65_HS1-834228961_62-HQ-83894_Serial_164
Agency: FBI
Page 72
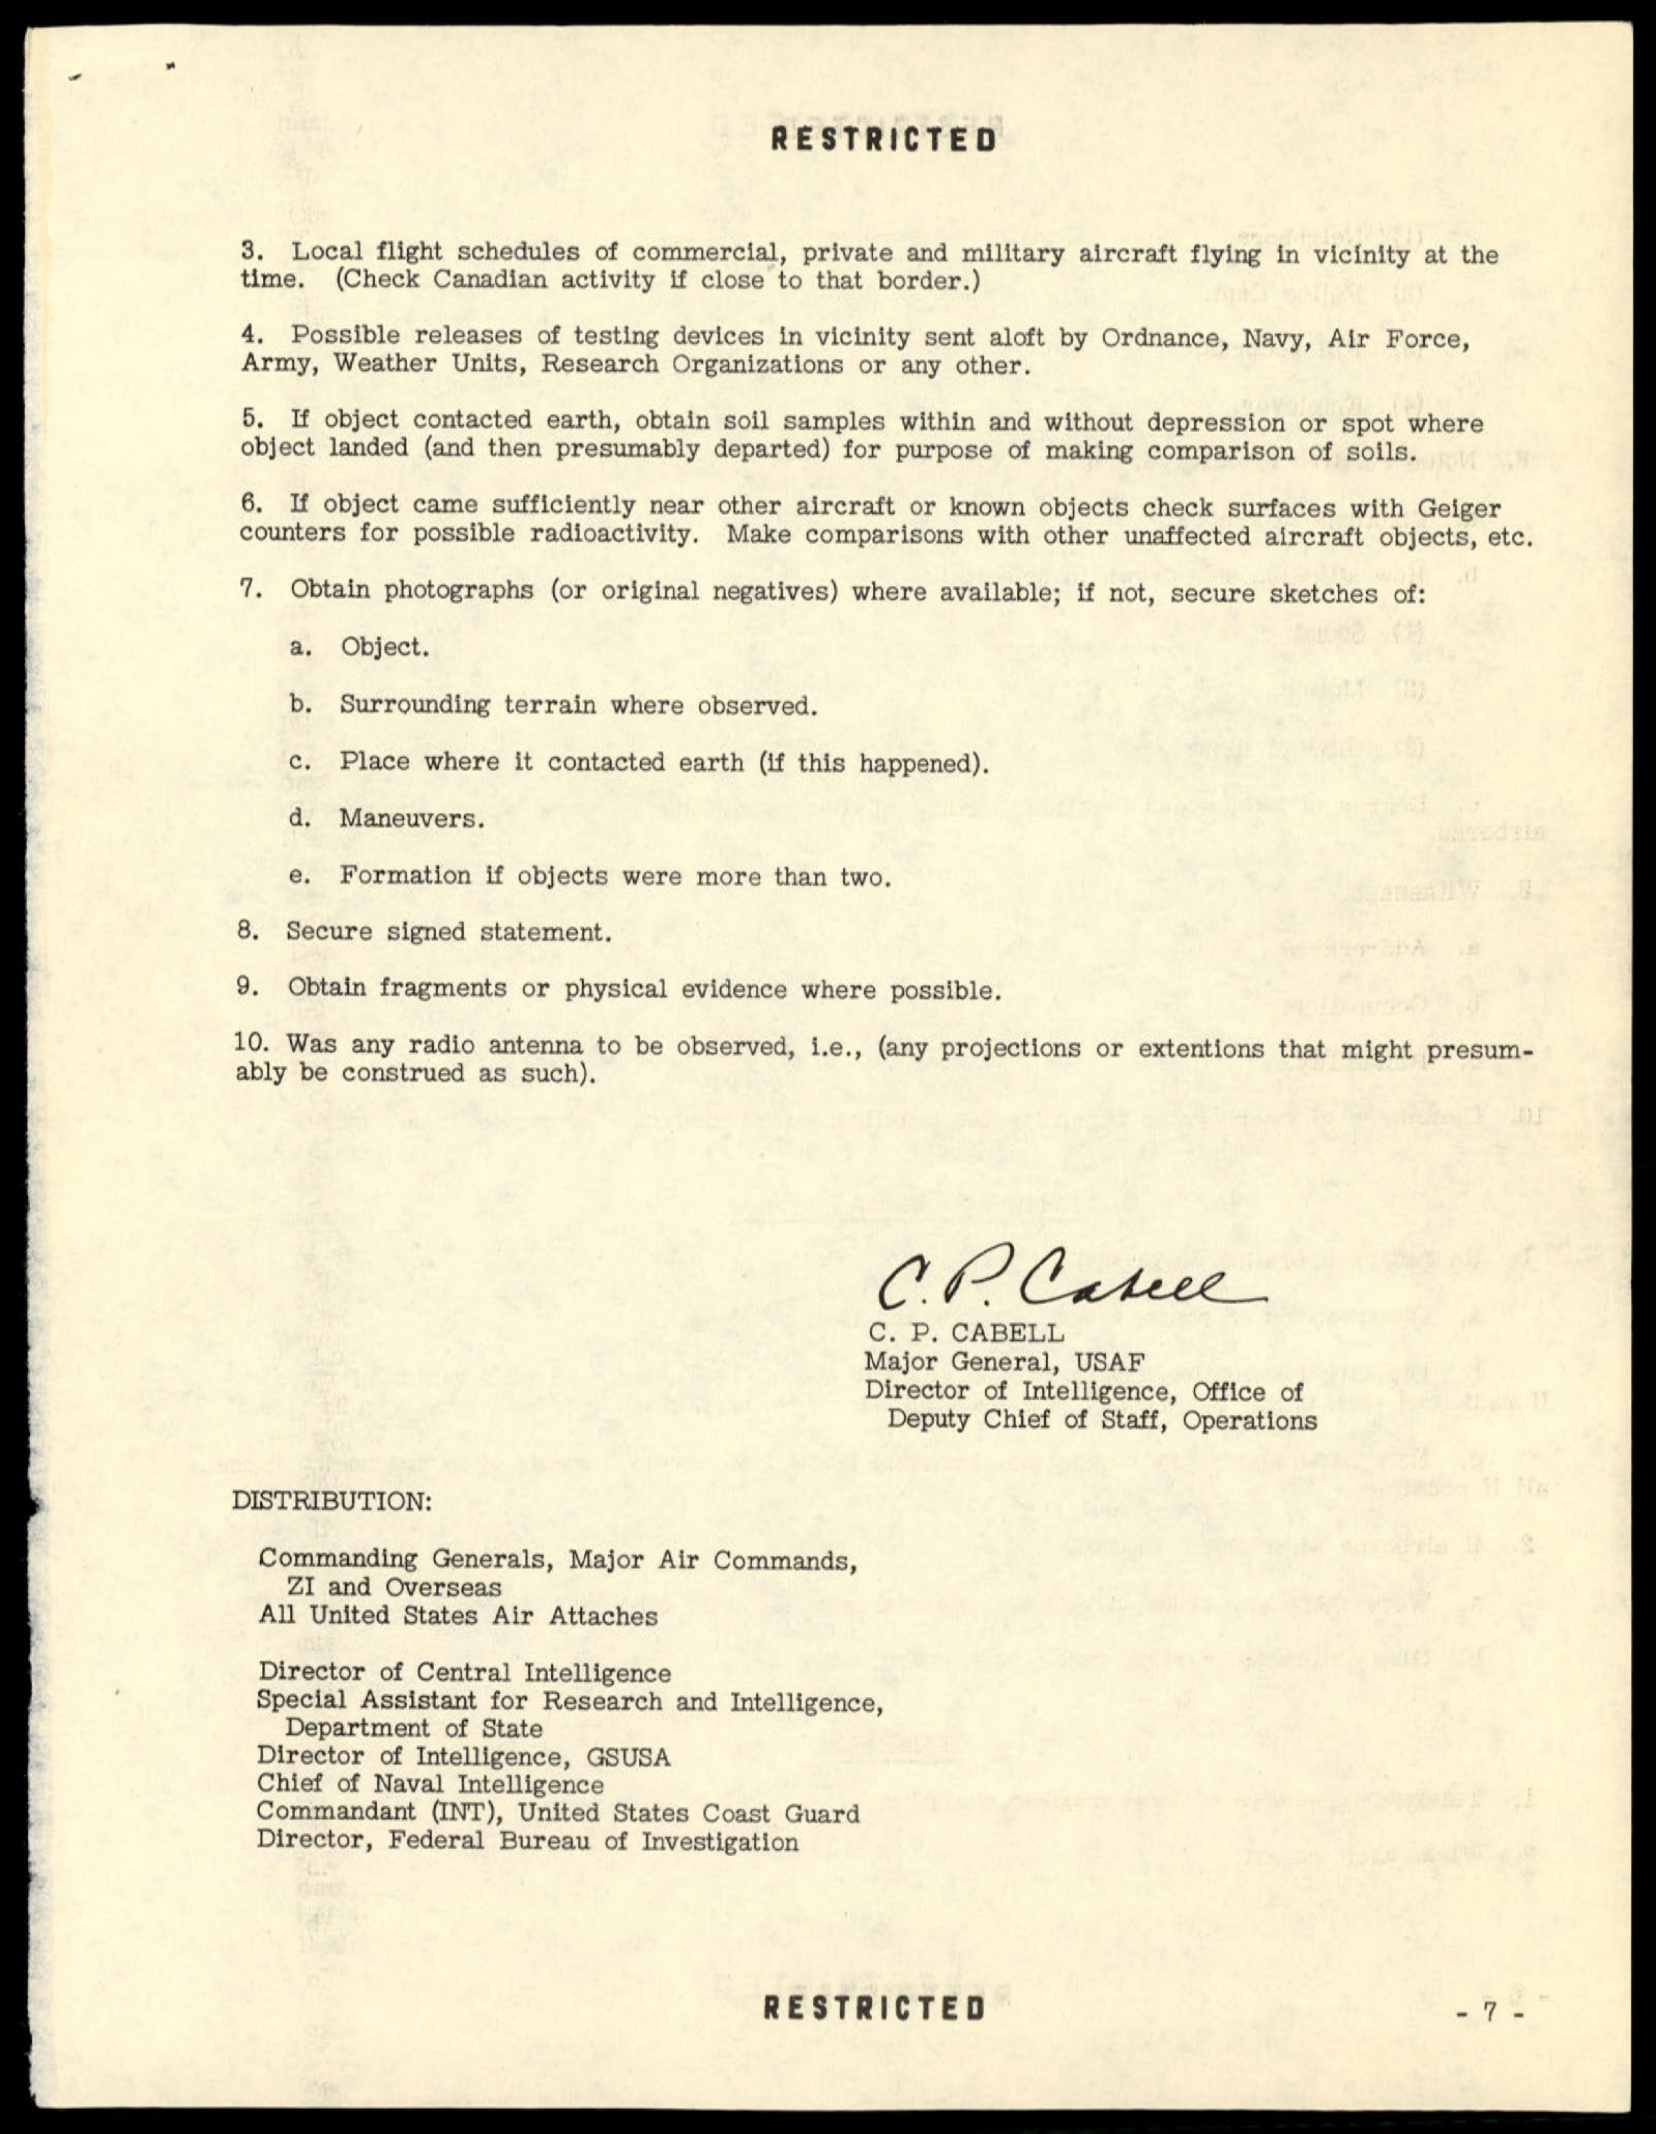